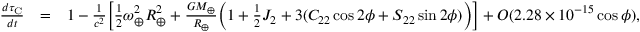
\begin{array} { r l r } { \frac { d \tau _ { \mathrm { C } } } { d t } } & { = } & { 1 - \frac { 1 } { c ^ { 2 } } \Big [ { \textstyle \frac { 1 } { 2 } } \omega _ { \oplus } ^ { 2 } R _ { \oplus } ^ { 2 } + \frac { G M _ { \oplus } } { R _ { \oplus } } \Big ( 1 + { \textstyle \frac { 1 } { 2 } } J _ { 2 } + 3 ( C _ { 2 2 } \cos 2 \phi + S _ { 2 2 } \sin 2 \phi ) \Big ) \Big ] + { \cal O } ( 2 . 2 8 \times 1 0 ^ { - 1 5 } \cos \phi ) , } \end{array}